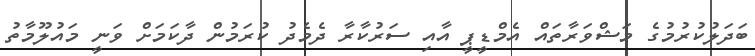
ބަދަލުކުރުމުގެ މަޝްވަރާތައް އެމްޑީޕީ އާއި ސަރުކާރާ ދެމެދު ކުރަމުން ދާކަމަށް ވަނީ މައުލޫމާތު